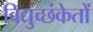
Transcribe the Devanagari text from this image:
विद्युच्छंकेतों